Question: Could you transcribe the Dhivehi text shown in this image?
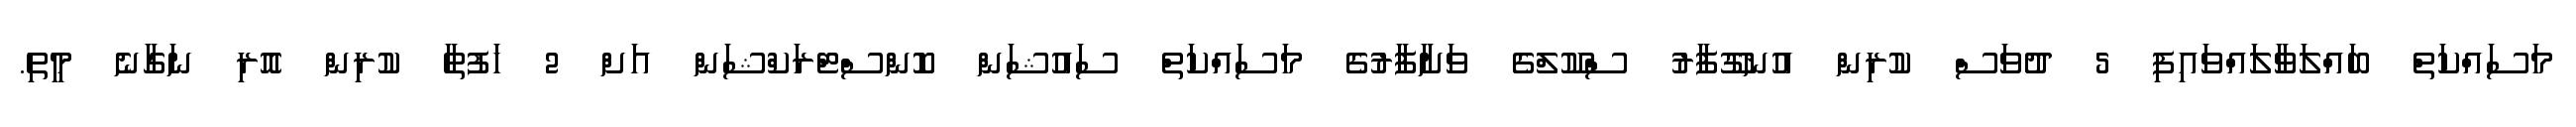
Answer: މަސައްކަތް ބައްލަވާލައްވައިފި 5 ދުވަސް ކުރިން އުނގޫފާރު ސްކޫލްގެ ވަށާފާރުގެ މަސައްކަތް ސައުޝަން ކޮންސްޓްރަކްޝަން އަށް 2 ހަފުތާ ކުރިން އޮރި ނަގާނެ މީތި.